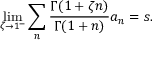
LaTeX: \operatorname* { l i m } _ { \zeta \rightarrow 1 ^ { - } } \sum _ { n } { \frac { \Gamma ( 1 + \zeta n ) } { \Gamma ( 1 + n ) } } a _ { n } = s .